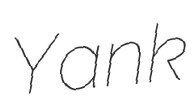
Yank